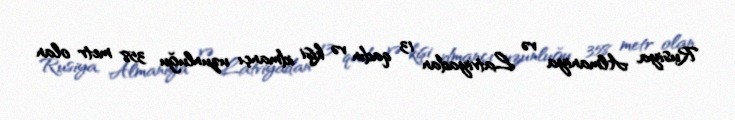
Rusiya, Almaniya və Latviyadan 13 qadın və kişi idmançı uzunluğu 358 metr olan